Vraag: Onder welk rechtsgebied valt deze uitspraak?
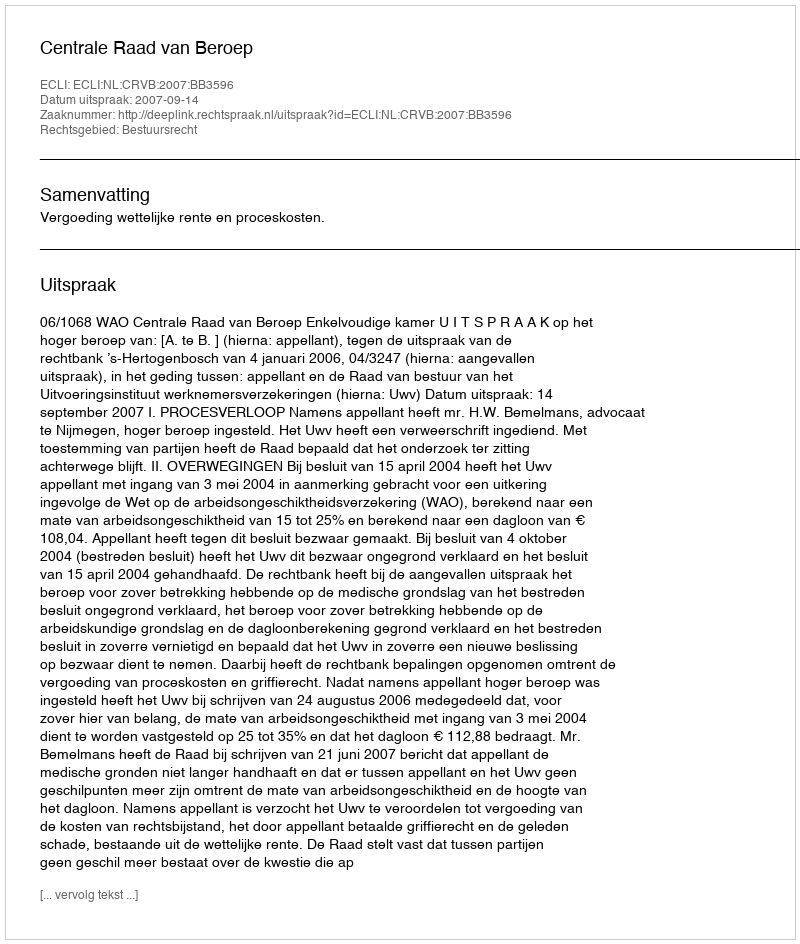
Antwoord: Bestuursrecht